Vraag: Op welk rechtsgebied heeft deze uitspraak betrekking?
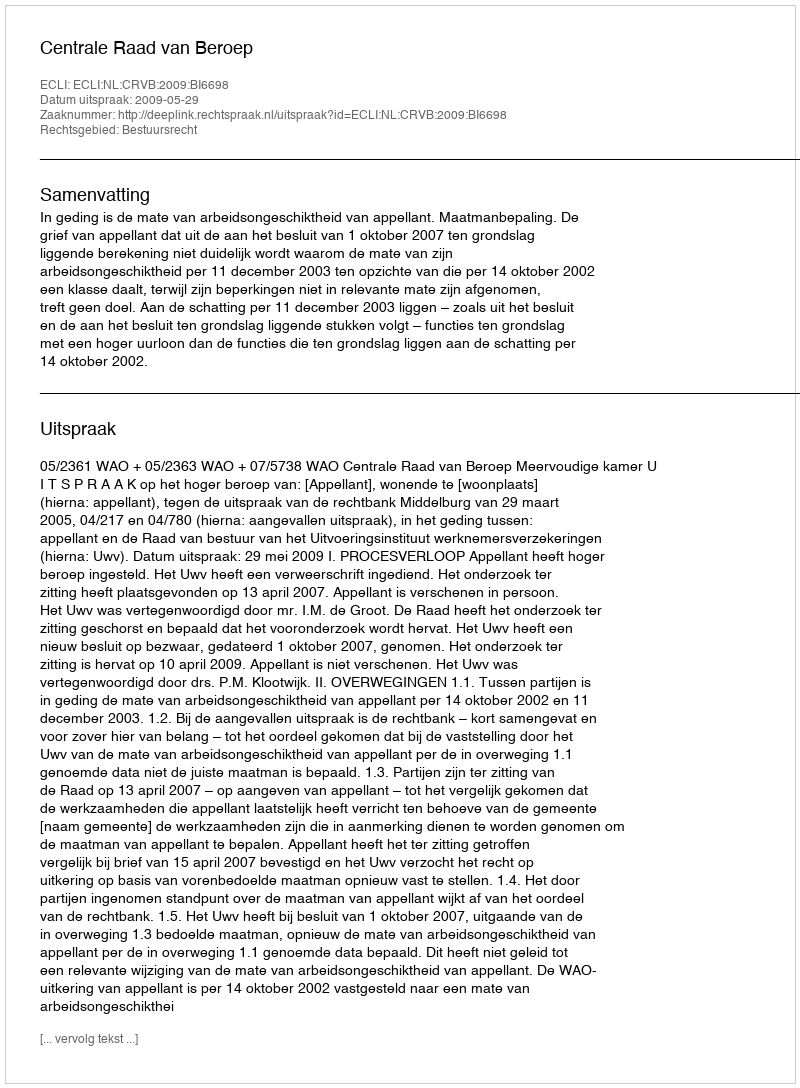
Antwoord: Bestuursrecht